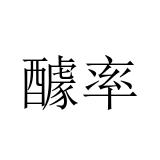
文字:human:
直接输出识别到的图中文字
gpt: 醵率